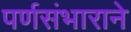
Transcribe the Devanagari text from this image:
पर्णसंभाराने